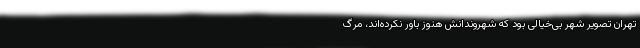
تهران تصویر شهر بی‌خیالی بود که شهروندانش هنوز باور نکرده‌اند، مرگ